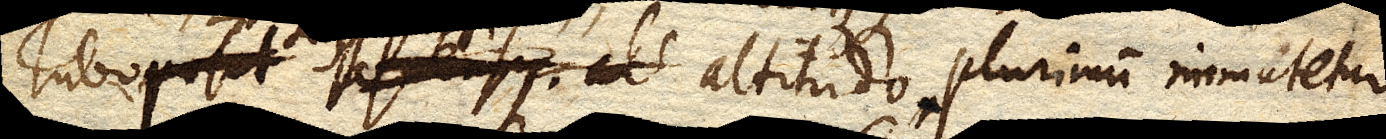
Tubo ascensi, altitudo plurimum immutetur.